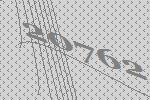
20762